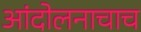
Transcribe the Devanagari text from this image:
आंदोलनाचाच